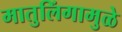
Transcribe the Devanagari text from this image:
मातुलिंगामुळे